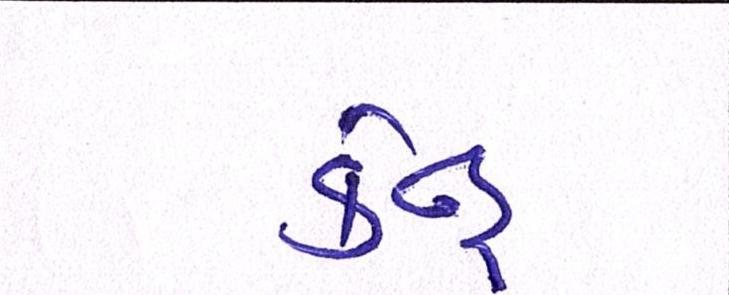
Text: કેન્દ્ર